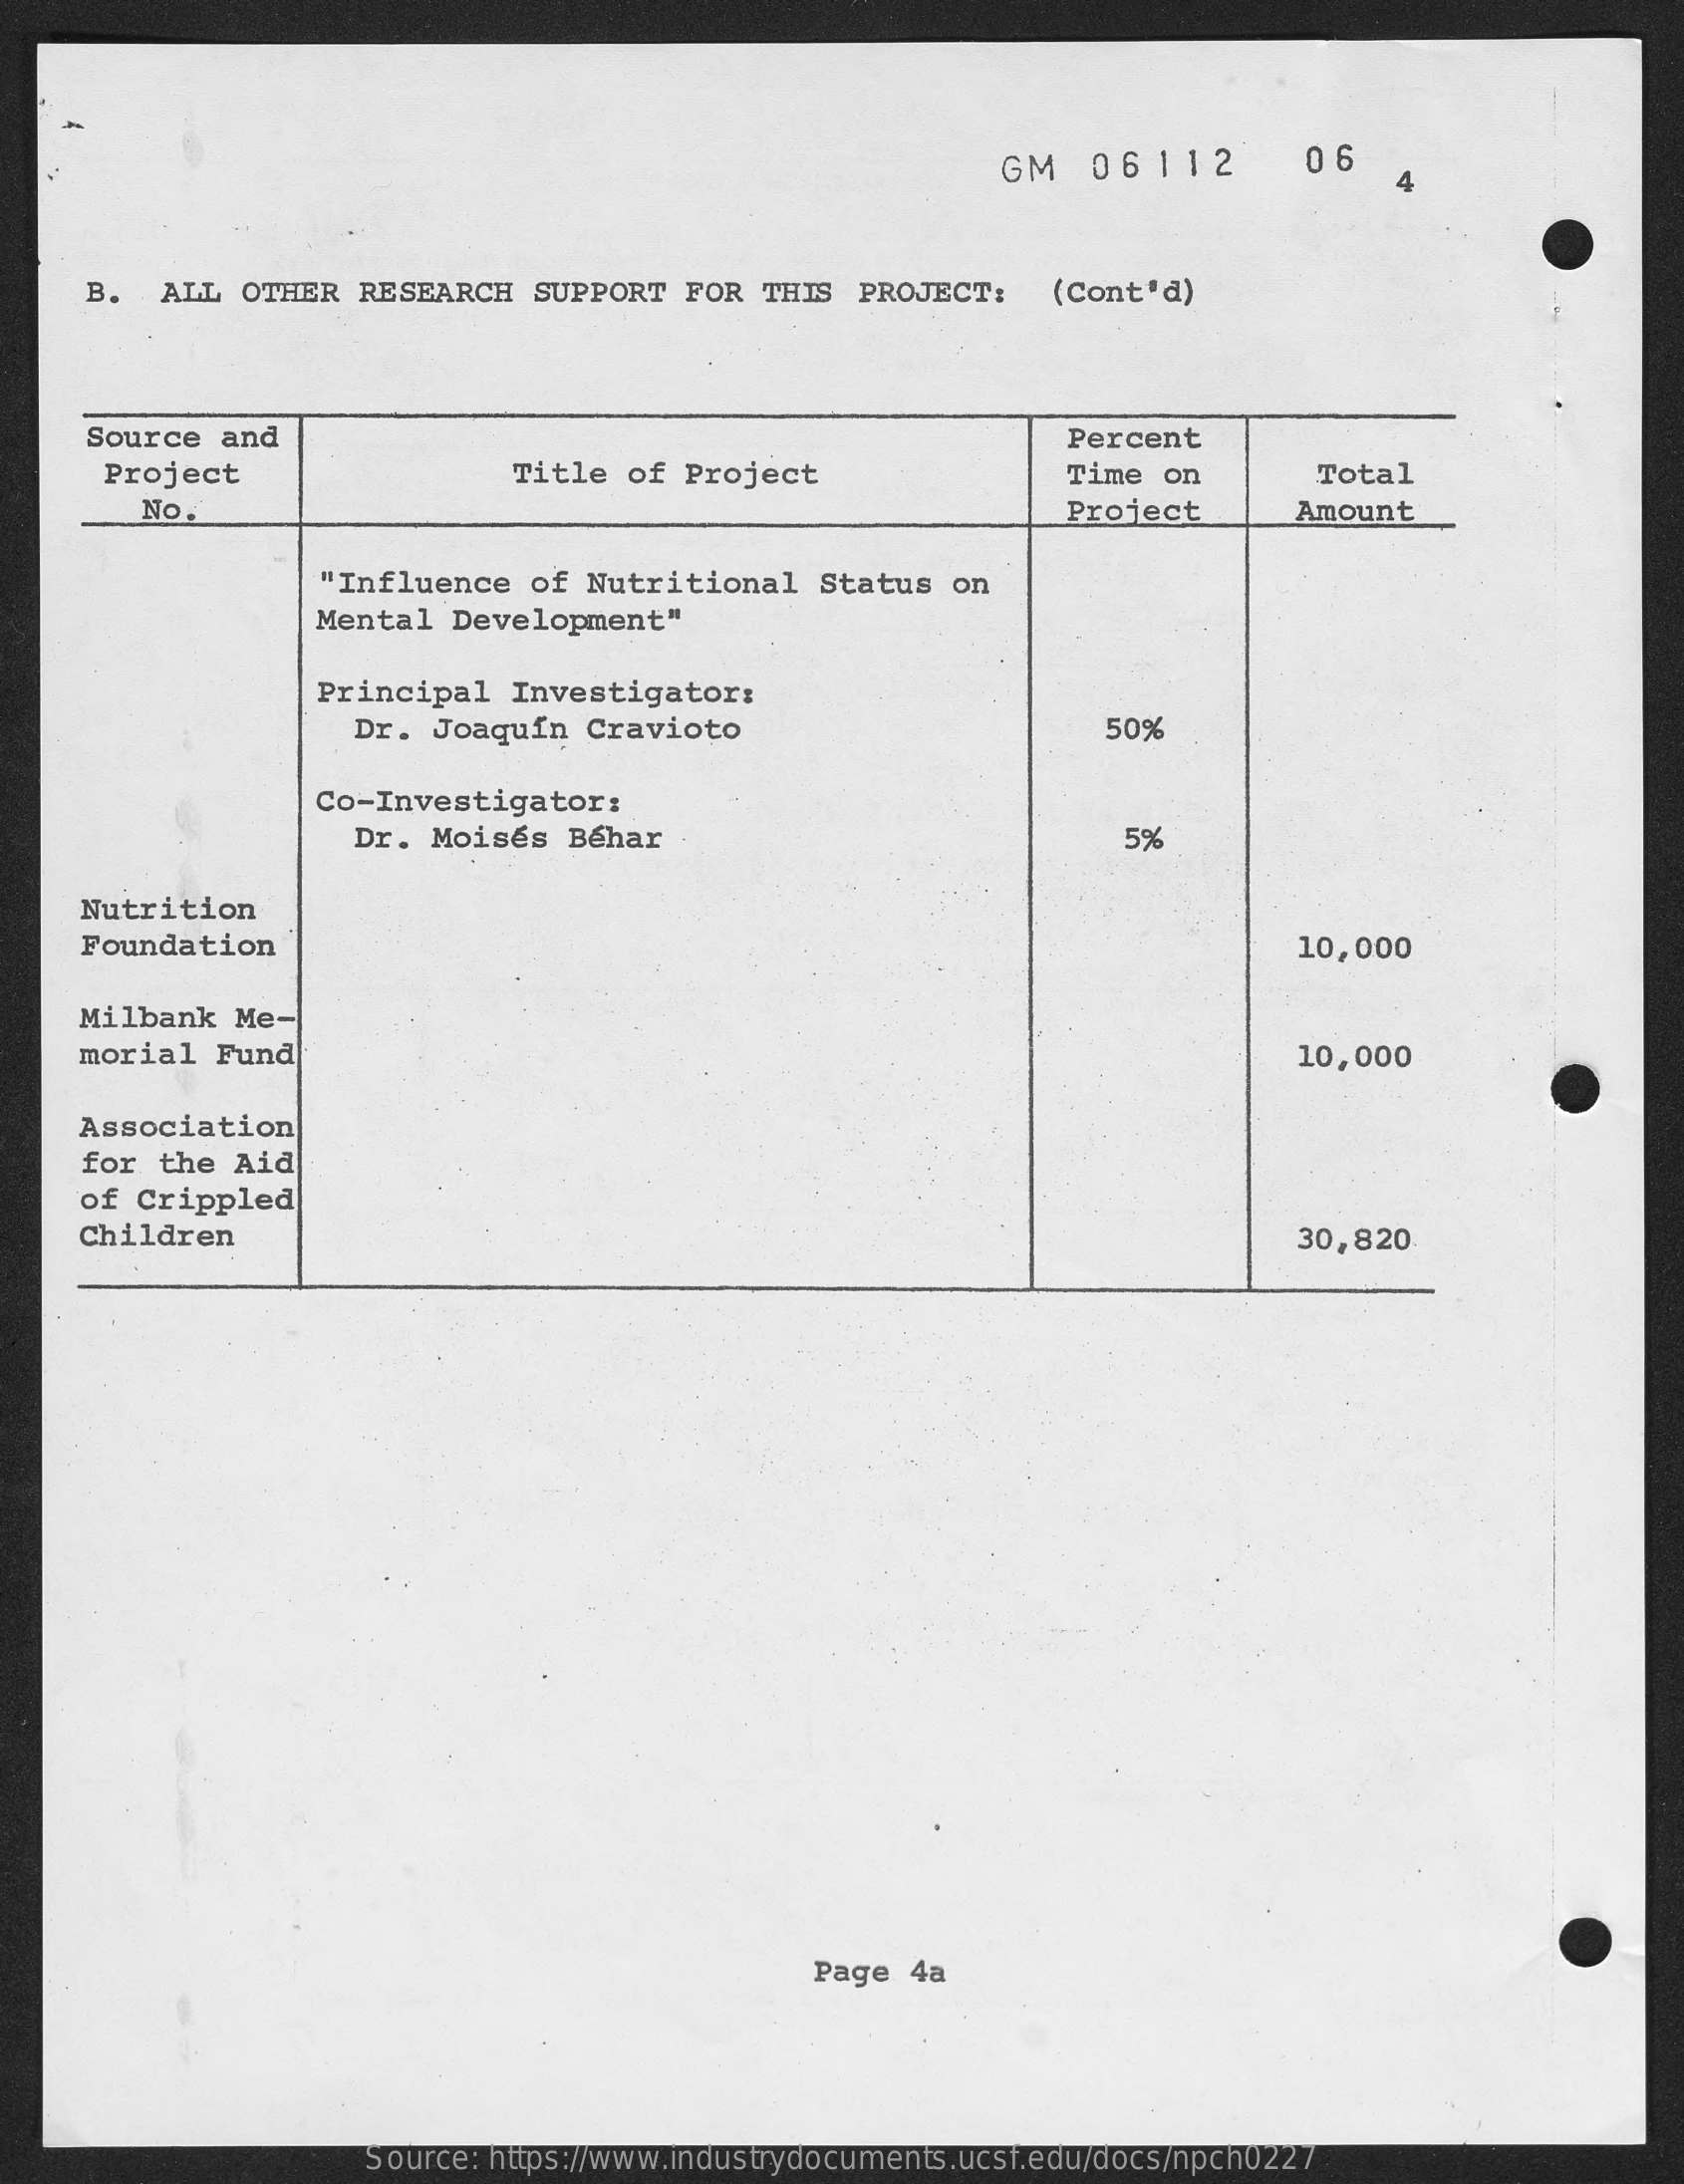
GM   06112    0 6
     4
     B.  ALL  OTHER  RESEARCH   SUPPORT   FOR  THIS PROJECT:    (Cont'd)
     Source  and    Percent
     Project    Title  of Project    Time on    Total
     No.    Project    Amount
     "Influence   of Nutritional    Status  on
     Mental  Development"
     Principal   Investigator:
     Dr.  Joaquín  Cravioto    50%
     Co-Investigator:
     Dr.  Moisés  Béhar    5%
     Nutrition
     Foundation    10,000
     Milbank   Me-
     morial  Fund    10,000
     Association
     for  the Aid
     of  Crippled
     Children    30,820
     Page  4a
     Source: https://www.industrydocuments.ucsf.edu/docs/npch0227